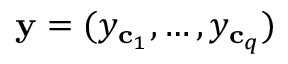
\mathbf { y } = ( y _ { \mathbf { c } _ { 1 } } , \dots , y _ { \mathbf { c } _ { q } } )